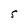
Character: S